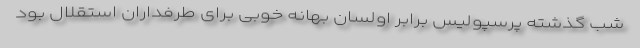
شب گذشته پرسپولیس برابر اولسان بهانه خوبی برای طرفداران استقلال بود